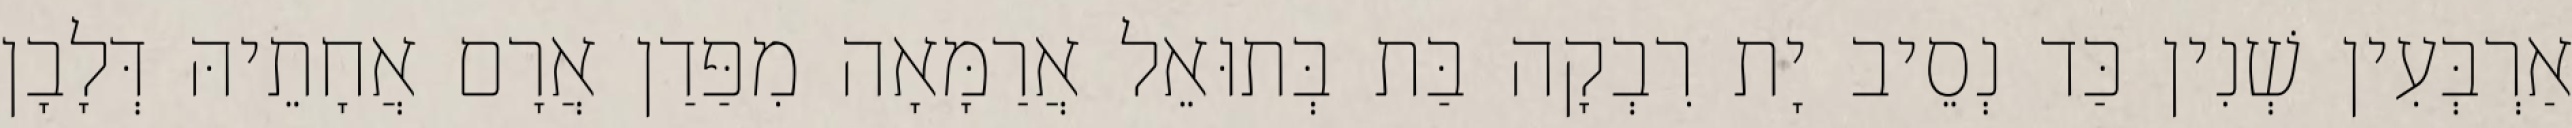
אַרְבְּעִין שְׁנִין כַּד נְסֵיב יָת רִבְקָה בַּת בְּתוּאֵל אֲרַמָּאָה מִפַּדַן אֲרָם אֲחָתֵיהּ דְּלָבָן